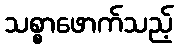
သစ္စာဖောက်သည့်